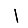
Digit: 1